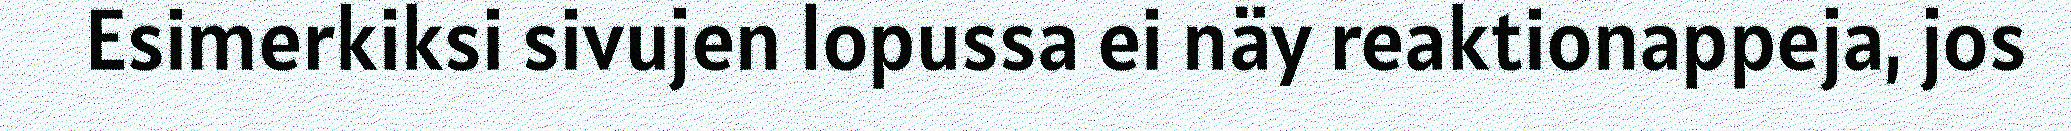
Esimerkiksi sivujen lopussa ei näy reaktionappeja, jos